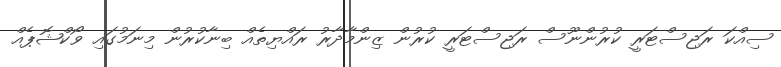
ސިއްކަ ރަޖިސްޓަރީ ކުރުންނޫސް ރަޖިސްޓަރީ ކުރުން ޒިންމާދާރު ރައްޔިތެއް ބިނާކުރުން މިނަމުގައި ވޯކްޝޮޕެއް